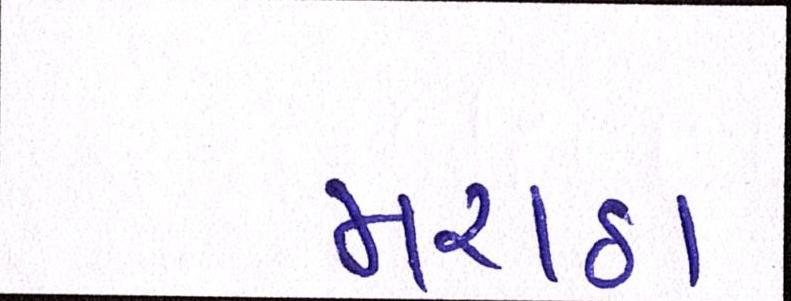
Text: મરાઠા